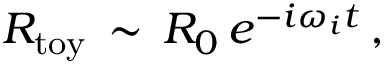
R _ { \mathrm { t o y } } \, \sim \, R _ { 0 } \, e ^ { - i \omega _ { i } t } \, ,